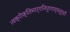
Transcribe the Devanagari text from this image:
।वक्रोक्तिमार्गनिपुणाश्चतुर्थों